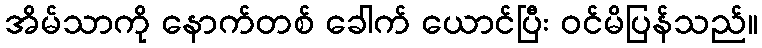
အိမ်သာကို နောက်တစ် ခေါက် ယောင်ပြီး ဝင်မိပြန်သည်။